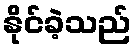
နိုင်ခဲ့သည်